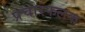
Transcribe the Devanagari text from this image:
प्रचारफलक